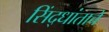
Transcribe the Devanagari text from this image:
सिंद्धांताचे